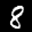
Label: 8